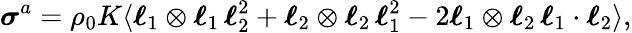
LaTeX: \boldsymbol{\sigma}^{a}=\rho_{0}K\langle\boldsymbol{\ell}_{1}\otimes\boldsymbol{\ell}_{1}\, \boldsymbol{\ell}_{2}^{2}+\boldsymbol{\ell}_{2}\otimes\boldsymbol{\ell}_{2}\, \boldsymbol{\ell}_{1}^{2}-2\boldsymbol{\ell}_{1}\otimes\boldsymbol{\ell}_{2}\, \boldsymbol{\ell}_{1}\cdot\boldsymbol{\ell}_{2}\rangle,